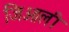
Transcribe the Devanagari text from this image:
जिओली